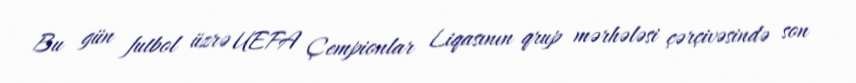
Bu gün futbol üzrə UEFA Çempionlar Liqasının qrup mərhələsi çərçivəsində son